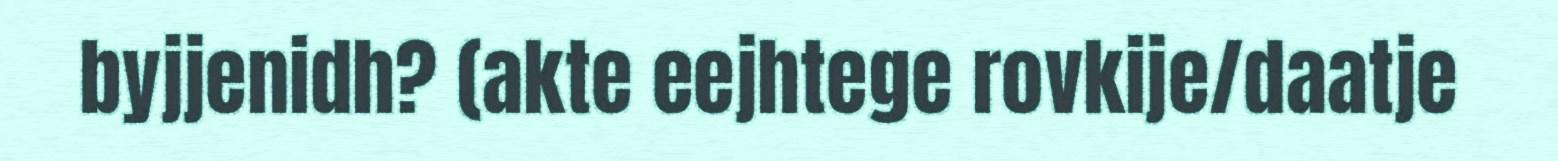
byjjenidh? (akte eejhtege rovkije/daatje